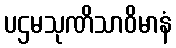
ပဌမသုဏိသာဝိမာနံ